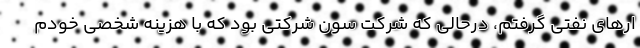
ار‌های نفتی گرفتم، درحالی که شرکت سون شرکتی بود که با هزینه شخصی خودم